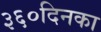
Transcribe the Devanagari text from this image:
३६०दिनका